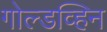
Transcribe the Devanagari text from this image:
गोल्डव्हिन